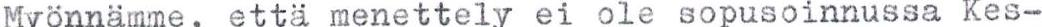
Myönnämme, että menettely ei ole sopusoinnussa Kes-